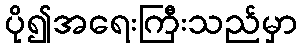
ပို၍အရေးကြီးသည်မှာ